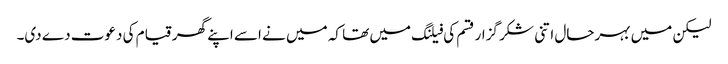
لیکن میں بہرحال اتنی شکر گزار قسم کی فیلنگ میں تھا کہ میں نے اسے اپنے گھر قیام کی دعوت دے دی۔